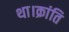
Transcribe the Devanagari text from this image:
था।क्रांति